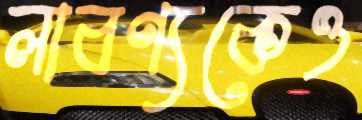
লাবণ্যকেও